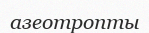
азеотропты